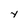
Character: y